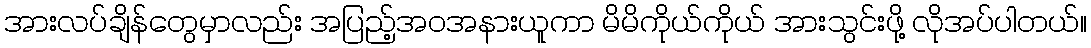
အားလပ်ချိန်တွေမှာလည်း အပြည့်အဝအနားယူကာ မိမိကိုယ်ကိုယ် အားသွင်းဖို့ လိုအပ်ပါတယ်။